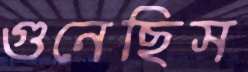
গুনেছিস